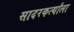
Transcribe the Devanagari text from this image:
सादरकर्त्यांला